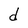
Character: d